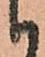
候